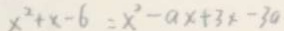
x ^ { 2 } + x - 6 = x ^ { 2 } - a x + 3 x - 3 0